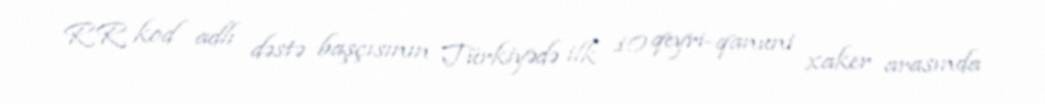
RR kod adlı dəstə başçısının Türkiyədə ilk 10 qeyri-qanuni xaker arasında